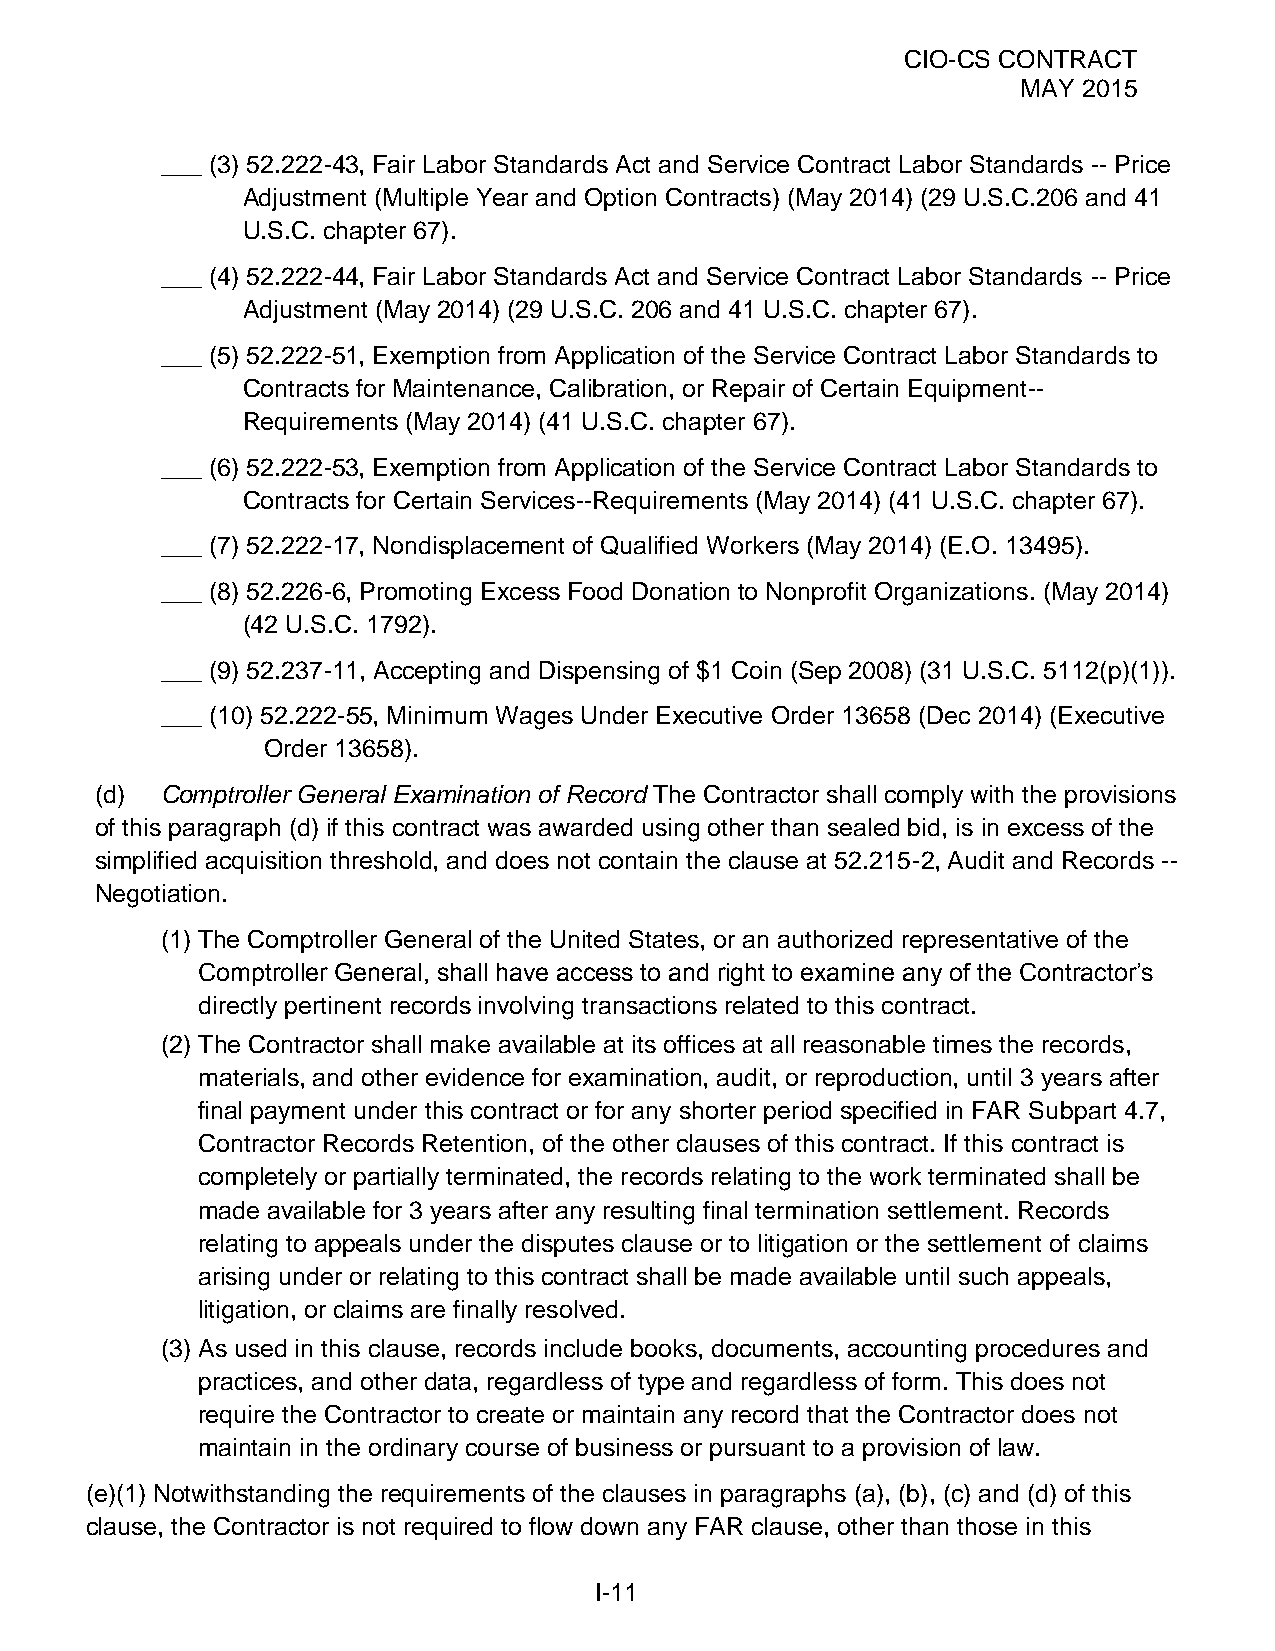
CIO-CS CONTRACT
 MAY 2015
 ___ (3) 52.222-43, Fair Labor Standards Act and Service Contract Labor Standards -- Price
 Adjustment (Multiple Year and Option Contracts) (May 2014) (29 U.S.C.206 and 41
 U.S.C. chapter 67).
 ___ (4) 52.222-44, Fair Labor Standards Act and Service Contract Labor Standards -- Price
 Adjustment (May 2014) (29 U.S.C. 206 and 41 U.S.C. chapter 67).
 ___ (5) 52.222-51, Exemption from Application of the Service Contract Labor Standards to
 Contracts for Maintenance, Calibration, or Repair of Certain Equipment--
 Requirements (May 2014) (41 U.S.C. chapter 67).
 ___ (6) 52.222-53, Exemption from Application of the Service Contract Labor Standards to
 Contracts for Certain Services--Requirements (May 2014) (41 U.S.C. chapter 67).
 ___ (7) 52.222-17, Nondisplacement of Qualified Workers (May 2014) (E.O. 13495).
 ___ (8) 52.226-6, Promoting Excess Food Donation to Nonprofit Organizations. (May 2014)
 (42 U.S.C. 1792).
 ___ (9) 52.237-11, Accepting and Dispensing of $1 Coin (Sep 2008) (31 U.S.C. 5112(p)(1)).
 ___ (10) 52.222-55, Minimum Wages Under Executive Order 13658 (Dec 2014) (Executive
 Order 13658).
 (d)  Comptroller General Examination of Record The Contractor shall comply with the provisions
 of this paragraph (d) if this contract was awarded using other than sealed bid, is in excess of the
 simplified acquisition threshold, and does not contain the clause at 52.215-2, Audit and Records --
 Negotiation.
 (1) The Comptroller General of the United States, or an authorized representative of the
 Comptroller General, shall have access to and right to examine any of the Contractor’s
 directly pertinent records involving transactions related to this contract.
 (2) The Contractor shall make available at its offices at all reasonable times the records,
 materials, and other evidence for examination, audit, or reproduction, until 3 years after
 final payment under this contract or for any shorter period specified in FAR Subpart 4.7,
 Contractor Records Retention, of the other clauses of this contract. If this contract is
 completely or partially terminated, the records relating to the work terminated shall be
 made available for 3 years after any resulting final termination settlement. Records
 relating to appeals under the disputes clause or to litigation or the settlement of claims
 arising under or relating to this contract shall be made available until such appeals,
 litigation, or claims are finally resolved.
 (3) As used in this clause, records include books, documents, accounting procedures and
 practices, and other data, regardless of type and regardless of form. This does not
 require the Contractor to create or maintain any record that the Contractor does not
 maintain in the ordinary course of business or pursuant to a provision of law.
 (e)(1) Notwithstanding the requirements of the clauses in paragraphs (a), (b), (c) and (d) of this
 clause, the Contractor is not required to flow down any FAR clause, other than those in this
 I-11